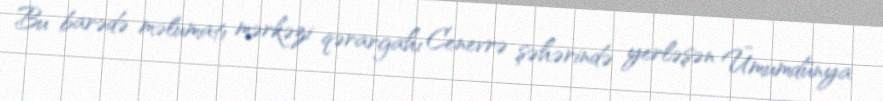
Bu barədə məlumatı mərkəzi qərargahı Cenevrə şəhərində yerləşən Ümumdünya